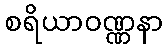
စရိယာဝဏ္ဏနာ